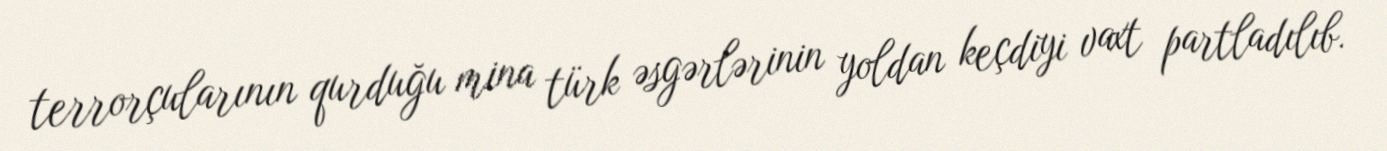
terrorçularının qurduğu mina türk əsgərlərinin yoldan keçdiyi vaxt partladılıb.